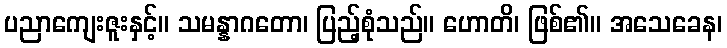
ပညာကျေးဇူးနှင့်။ သမန္နာဂတော၊ ပြည့်စုံသည်။ ဟောတိ၊ ဖြစ်၏။ အသေခေန၊